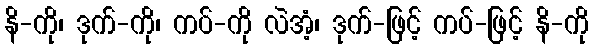
နိ-ကို၊ ဒုက်-ကို၊ ကပ်-ကို လဲအံ့၊ ဒုက်-ဖြင့် ကပ်-ဖြင့် နိ-ကို